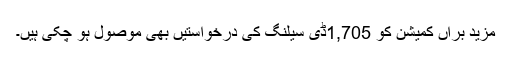
مزید برآں کمیشن کو 1,705ڈی سیلنگ کی درخواستیں بھی موصول ہو چکی ہیں۔